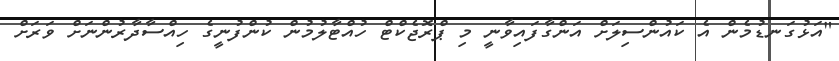
"އަޅުގަނޑުމެން އެ ކައުންސިލަށް އަންގާފައިވާނީ މި ޕްރޮޖެކްޓް ހުއްޓާލުމުން ކުންފުނީގެ ހިއްސާދާރުންނަށް ވަރަށް